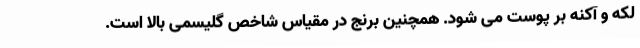
لکه و آکنه بر پوست می شود. همچنین برنج در مقیاس شاخص گلیسمی بالا است.